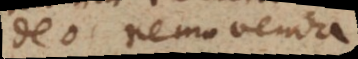
Deo removenda,